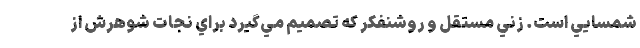
شمسايي است. زني مستقل و روشنفکر که تصميم مي‌گيرد براي نجات شوهرش از